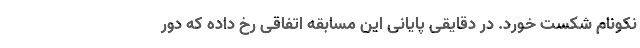
نکونام شکست خورد. در دقایقی پایانی این مسابقه اتفاقی رخ داده که دور